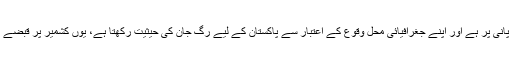
اس لیے کہ پاکستان کی زرعی اور اقتصادی معیشت کا تمام تر دارومدارکشمیر سے نکلنے والے دریاؤں کے پانی پر ہے اور اپنے جغرافیائی محل وقوع کے اعتبار سے پاکستان کے لیے رگ جان کی حیثیت رکھتا ہے، یوں کشمیر پر قبضے کی سازش دراصل پاکستان کے وجود اور سالمیت کے خلاف بھارت کے جارحانہ عزائم کی علامت بھی ہے۔